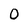
Character: O